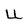
Character: U